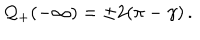
{ \cal Q } _ { + } ( - \infty ) = \pm 2 ( \pi - \gamma ) \, .